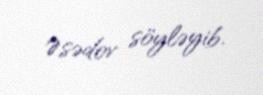
Əsədov söyləyib.